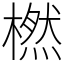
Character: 橪